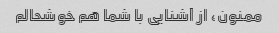
ممنون، از آشنایی با شما هم خوشحالم